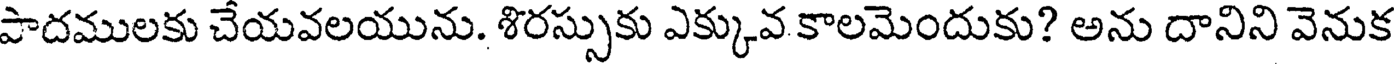
పాదములకు చేయవలయును. శిరస్సుకు ఎక్కువ కాలమెందుకు? అను దానిని వెనుక